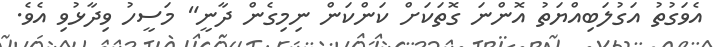
އެވަގުތު އަގުލަބިއްޔަތު އޮންނަ ގޮތަކަށް ކަންކަން ނިމިގެން ދާނީ" މަސީހު ވިދާޅުވި އެވެ.